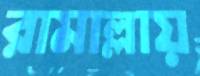
রামাল্লায়